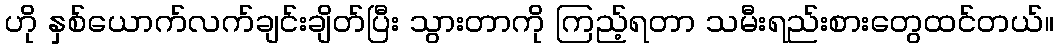
ဟို နှစ်ယောက်လက်ချင်းချိတ်ပြီး သွားတာကို ကြည့်ရတာ သမီးရည်းစားတွေထင်တယ်။